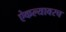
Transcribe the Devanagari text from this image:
ऐकल्यावरच